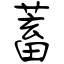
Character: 蓄